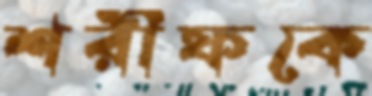
শরীফকে